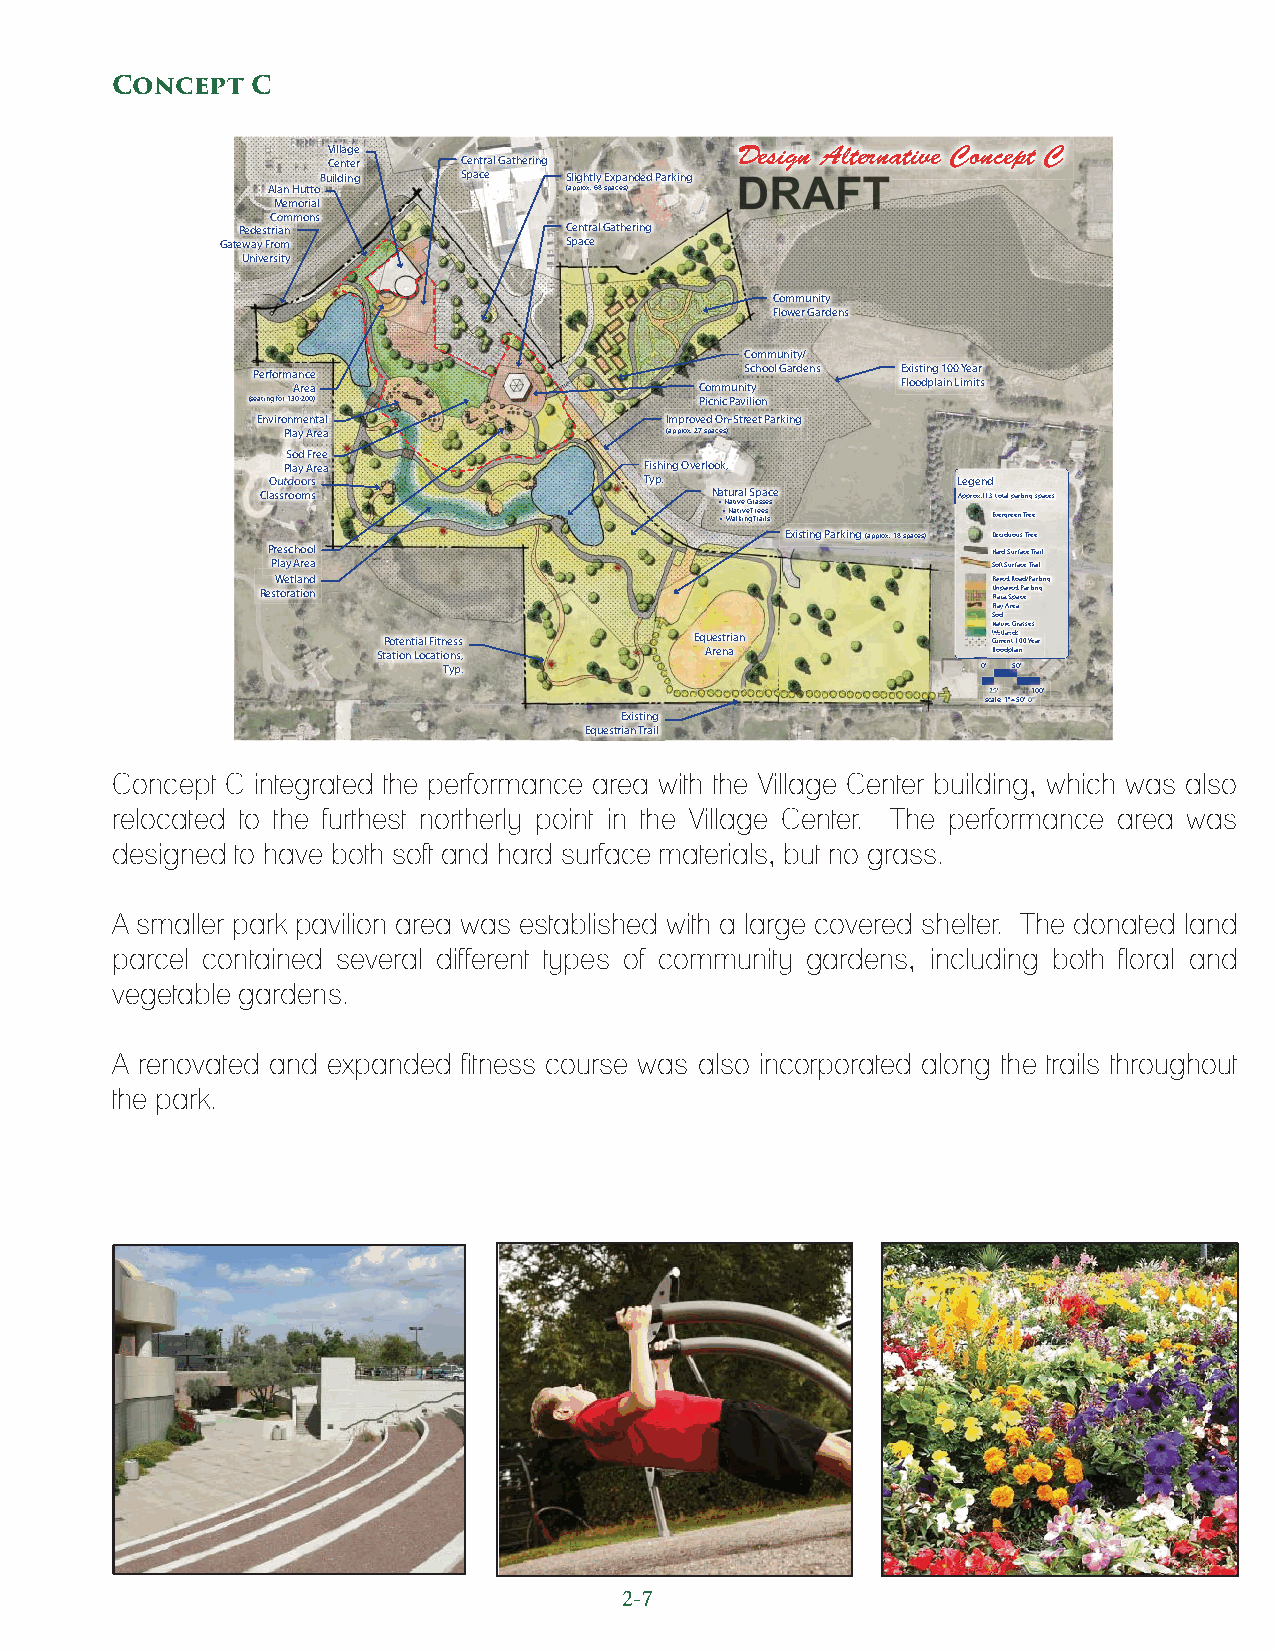
Concept   C
 Village                    Design Alternative Concept C
 Center   Central Gathering
 Building  Space Slightly Expanded Parking
 Alan Hutto         (approx. 68 spaces)
 Memorial
 Commons
 Pedestrian           Central Gathering
 Gateway From          Space
 University
 Community
 Flower Gardens
 Community/
 Performance                     School Gardens Existing 100 Year
 Area                       Community     Floodplain Limits
 (seating for 130-200)         Picnic Pavilion
 Environmental              Improved On-Street Parking
 Play Area                (approx. 27 spaces)
 Sod Free
 Play Area               Fishing Overlook,
 Outdoors                 Typ.                Legend
 Classrooms                    N •a Ntu atr iva el G S rap ssa ec se Approx. 113 total parking spaces
 • • WN aa lt ki iv ne g T Tre rae is ls Evergreen Tree
 Existing Parking (approx. 18 spaces) Deciduous Tree
 Preschool                                       Hard Surface Trail
 Play Area                                       Soft Surface Trail
 Wetland                                         PPaavveedd RRooaadd//PPaarrkkiinng
 Restoration                                      UUU PPllnn aapp zzaaaa vv SSee ppdd aa ccPP eaarrkking
 PPllaayyyyyy AArea
 SSoodd
 NNaattiivvee GGrraassses
 Potential Fitness    Equestrian          WWWWWWW Cueee rtt rll eaa nnnnn tddddd 1sssssss 00 Year
 Station Locations,    Arena              Floodplain
 Typ.                                0’ 50’
 25’ 100’
 scale: 1”=50’-0”
 Existing
 Equestrian Trail
 Concept C integrated the performance area with the Village Center building, which was also
 relocated to the furthest northerly point in the Village Center. The performance area was
 designed to have both soft and hard surface materials, but no grass.
 A smaller park pavilion area was established with a large covered shelter. The donated land
 parcel contained several different types of community gardens, including both floral and
 vegetable gardens.
 A renovated and expanded fitness course was also incorporated along the trails throughout
 the park.
 2-7